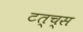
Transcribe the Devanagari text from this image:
टत्च्स